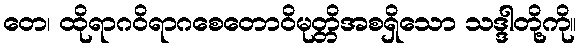
တေ၊ ထိုရာဂဝိရာဂစေတောဝိမုတ္တိအစရှိသော သဒ္ဒါတို့ကို။